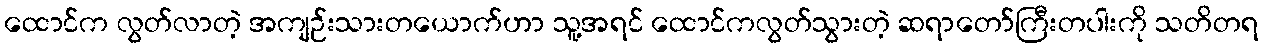
ထောင်က လွတ်လာတဲ့ အကျဉ်းသားတယောက်ဟာ သူ့အရင် ထောင်ကလွတ်သွားတဲ့ ဆရာတော်ကြီးတပါးကို သတိတရ